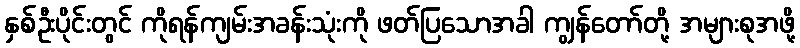
နှစ်ဦးပိုင်းတွင် ကိုရန်ကျမ်းအခန်းသုံးကို ဖတ်ပြသောအခါ ကျွန်တော်တို့ အများစုအဖို့